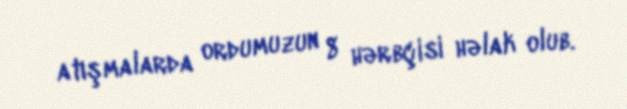
atışmalarda ordumuzun 8 hərbçisi həlak olub.